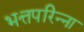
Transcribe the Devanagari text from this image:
भत्तपरिन्ना